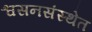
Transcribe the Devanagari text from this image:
श्वसनसंस्थेत